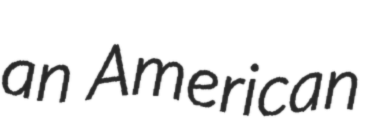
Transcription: an American